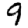
Digit: 9